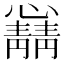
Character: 𫻛